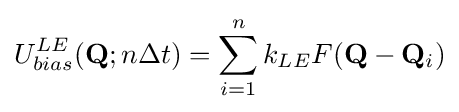
U_{bias}^{LE}(\mathbf {Q} ;n\Delta t)=\sum _{i=1}^{n}k_{LE}F(\mathbf {Q} -\mathbf {Q} _{i})